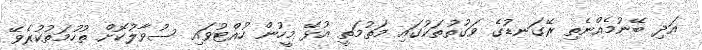
އަދި ބޭނުމެއްނެތި ރޭގަނޑުގެ ވަގުތުތަކުގައި މަތުމަތީ އުޅޭ މީހުން ހުއްޓުވައި ސުވާލުކޮށް ތުހުމަތުކުރެވޭ